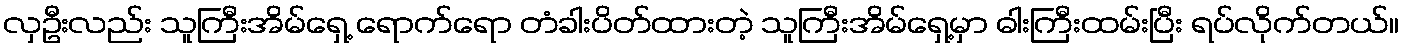
လှဦးလည်း သူကြီးအိမ်ရှေ့ ရောက်ရော တံခါးပိတ်ထားတဲ့ သူကြီးအိမ်ရှေ့မှာ ဓါးကြီးထမ်းပြီး ရပ်လိုက်တယ်။